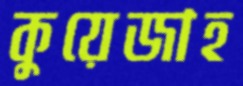
কুয়েজাহ